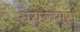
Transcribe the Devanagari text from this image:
न्यूकम्स